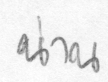
น่าน